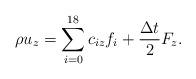
LaTeX: \begin{align*}\rho {u_z} = \sum\limits_{i = 0}^{18} {{c_{iz}}{f_i} + \frac{{\Delta t}}{2}{F_z}}. \end{align*}